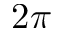
2 \pi